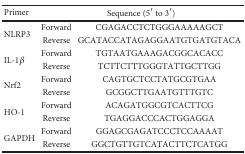
| Primer | <COLSPAN=2> Sequence (5′ to 3′) |
 | --- | --- | --- |
 | <ROWSPAN=2> NLRP3 | Forward | CGAGACCTCTGGGAAAAAGCT |
 | Reverse | GCATACCATAGAGGAATGTGATGTACA |
 | <ROWSPAN=2> IL-1β | Forward | TGTAATGAAAGACGGCACACC |
 | Reverse | TCTTCTTTGGGTATTGCTTGG |
 | <ROWSPAN=2> Nrf2 | Forward | CAGTGCTCCTATGCGTGAA |
 | Reverse | GCGGCTTGAATGTTTGTC |
 | <ROWSPAN=2> HO-1 | Forward | ACAGATGGCGTCACTTCG |
 | Reverse | TGAGGACCCACTGGAGGA |
 | <ROWSPAN=2> GAPDH | Forward | GGAGCGAGATCCCTCCAAAAT |
 | Reverse | GGCTGTTGTCATACTTCTCATGG |